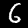
Digit: 6